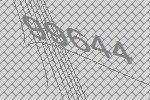
99644